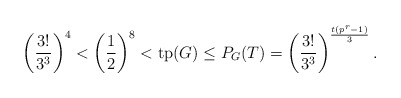
\begin{align*}\left(\frac{3!}{3^3}\right)^4 < \left(\frac{1}{2}\right)^8 < \mathrm{tp}(G) \leq P_G(T) = \left(\frac{3!}{3^3}\right)^{\frac{t(p^r-1)}{3}}. \end{align*}